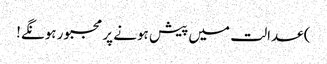
) عدالت میں پیش ہونے پر مجبور ہونگے!